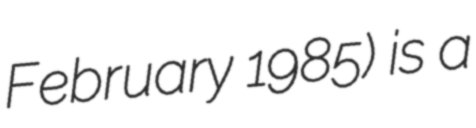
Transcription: February 1985) is a